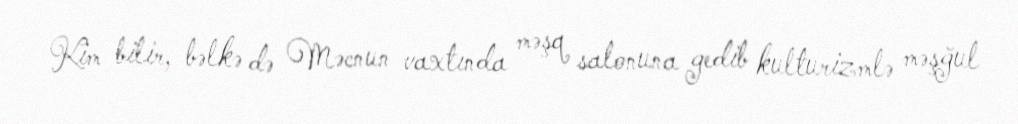
Kim bilir, bəlkə də Məcnun vaxtında məşq salonuna gedib kulturizmlə məşğul